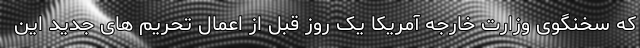
که سخنگوی وزارت خارجه آمریکا یک روز قبل از اعمال تحریم های جدید این